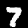
Label: 7